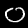
Digit: 0